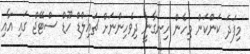
މިފަދަ ކަންކަން މިހެން ހިނގާނީ ދިވެހިންނަށް ޗައިލްޑް ހޫޑް ސްޓޭޖް ގައި އާއި